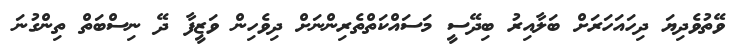
ވޭތުވެދިޔަ ދިހައަހަރަށް ބަލާއިރު ބިދޭސީ މަސައްކަތްތެރިންނަށް ދިވެހިން ވަޒީފާ ދޭ ނިސްބަތް ތިންގުނަ